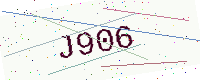
Text: J906